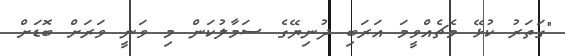
"ގަތަރު ކުޅޭ މެޗެއްވީމަ އަރަބި ދުނިޔޭގެ ސަމާލުކަން މި ވަނީ ވަރަށް ބޮޑަށް